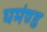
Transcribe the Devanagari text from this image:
घमंण्ड